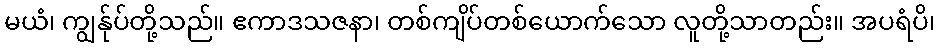
မယံ၊ ကျွန်ုပ်တို့သည်။ ဧကာဒသဇနာ၊ တစ်ကျိပ်တစ်ယောက်သော လူတို့သာတည်း။ အပရံပိ၊